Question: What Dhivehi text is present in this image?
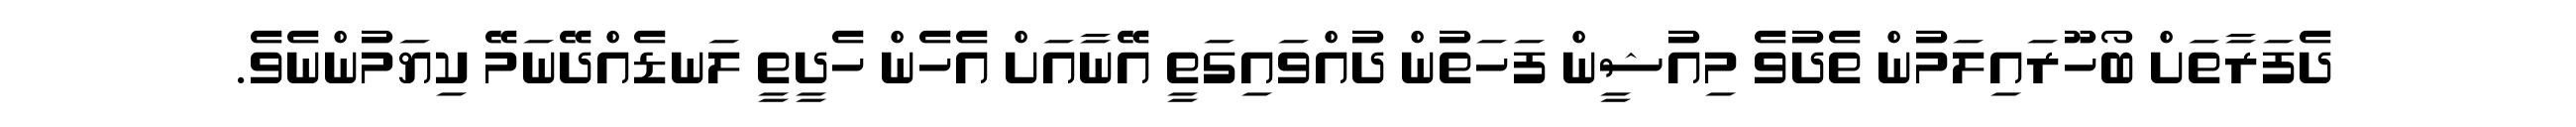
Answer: ދެފަރާތަށް ބޯހޫރައިލަމުން ތެދުވެ މިއުޝީން ފަހަތުން ދުއްވައިގަތީ އޭނާއަށް އެހެން ހެދީތީ ލަނޑެއްދޭނަމޭ ކިޔަމުންނެވެ.